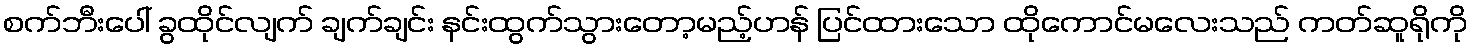
စက်ဘီးပေါ် ခွထိုင်လျက် ချက်ချင်း နင်းထွက်သွားတော့မည့်ဟန် ပြင်ထားသော ထိုကောင်မလေးသည် ကတ်ဆူရိုကို